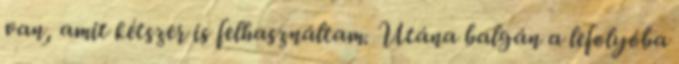
van, amit kétszer is felhasználtam. Utána balgán a lefolyóba